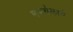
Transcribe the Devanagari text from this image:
समर्थकार्य